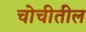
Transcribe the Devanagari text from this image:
चोचीतील